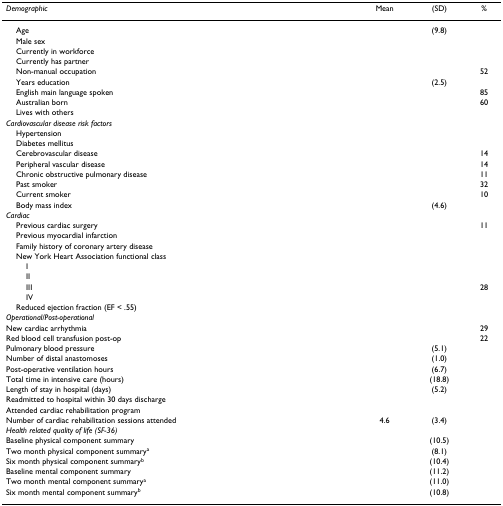
<table><thead><tr><td><b><i>Demographic</i></b></td><td><b>Mean</b></td><td><b>(SD)</b></td><td><b>%</b></td></tr></thead><tbody><tr><td> Age</td><td>[EMPTY_CELL]</td><td>(9.8)</td><td>[EMPTY_CELL]</td></tr><tr><td> Male sex</td><td>[EMPTY_CELL]</td><td>[EMPTY_CELL]</td><td>[EMPTY_CELL]</td></tr><tr><td> Currently in workforce</td><td>[EMPTY_CELL]</td><td>[EMPTY_CELL]</td><td>[EMPTY_CELL]</td></tr><tr><td> Currently has partner</td><td>[EMPTY_CELL]</td><td>[EMPTY_CELL]</td><td>[EMPTY_CELL]</td></tr><tr><td> Non-manual occupation</td><td>[EMPTY_CELL]</td><td>[EMPTY_CELL]</td><td>52</td></tr><tr><td> Years education</td><td>[EMPTY_CELL]</td><td>(2.5)</td><td>[EMPTY_CELL]</td></tr><tr><td> English main language spoken</td><td>[EMPTY_CELL]</td><td>[EMPTY_CELL]</td><td>85</td></tr><tr><td> Australian born</td><td>[EMPTY_CELL]</td><td>[EMPTY_CELL]</td><td>60</td></tr><tr><td> Lives with others</td><td>[EMPTY_CELL]</td><td>[EMPTY_CELL]</td><td>[EMPTY_CELL]</td></tr><tr><td><i>Cardiovascular disease risk factors</i></td><td>[EMPTY_CELL]</td><td>[EMPTY_CELL]</td><td>[EMPTY_CELL]</td></tr><tr><td> Hypertension</td><td>[EMPTY_CELL]</td><td>[EMPTY_CELL]</td><td>[EMPTY_CELL]</td></tr><tr><td> Diabetes mellitus</td><td>[EMPTY_CELL]</td><td>[EMPTY_CELL]</td><td>[EMPTY_CELL]</td></tr><tr><td> Cerebrovascular disease</td><td>[EMPTY_CELL]</td><td>[EMPTY_CELL]</td><td>14</td></tr><tr><td> Peripheral vascular disease</td><td>[EMPTY_CELL]</td><td>[EMPTY_CELL]</td><td>14</td></tr><tr><td> Chronic obstructive pulmonary disease</td><td>[EMPTY_CELL]</td><td>[EMPTY_CELL]</td><td>11</td></tr><tr><td> Past smoker</td><td>[EMPTY_CELL]</td><td>[EMPTY_CELL]</td><td>32</td></tr><tr><td> Current smoker</td><td>[EMPTY_CELL]</td><td>[EMPTY_CELL]</td><td>10</td></tr><tr><td> Body mass index</td><td>[EMPTY_CELL]</td><td>(4.6)</td><td>[EMPTY_CELL]</td></tr><tr><td><i>Cardiac</i></td><td>[EMPTY_CELL]</td><td>[EMPTY_CELL]</td><td>[EMPTY_CELL]</td></tr><tr><td> Previous cardiac surgery</td><td>[EMPTY_CELL]</td><td>[EMPTY_CELL]</td><td>11</td></tr><tr><td> Previous myocardial infarction</td><td>[EMPTY_CELL]</td><td>[EMPTY_CELL]</td><td>[EMPTY_CELL]</td></tr><tr><td> Family history of coronary artery disease</td><td>[EMPTY_CELL]</td><td>[EMPTY_CELL]</td><td>[EMPTY_CELL]</td></tr><tr><td> New York Heart Association functional class</td><td>[EMPTY_CELL]</td><td>[EMPTY_CELL]</td><td>[EMPTY_CELL]</td></tr><tr><td>I</td><td>[EMPTY_CELL]</td><td>[EMPTY_CELL]</td><td>[EMPTY_CELL]</td></tr><tr><td>II</td><td>[EMPTY_CELL]</td><td>[EMPTY_CELL]</td><td>[EMPTY_CELL]</td></tr><tr><td>III</td><td>[EMPTY_CELL]</td><td>[EMPTY_CELL]</td><td>28</td></tr><tr><td>IV</td><td>[EMPTY_CELL]</td><td>[EMPTY_CELL]</td><td>[EMPTY_CELL]</td></tr><tr><td> Reduced ejection fraction (EF &lt; .55)</td><td>[EMPTY_CELL]</td><td>[EMPTY_CELL]</td><td>[EMPTY_CELL]</td></tr><tr><td><i>Operational/Post-operational</i></td><td>[EMPTY_CELL]</td><td>[EMPTY_CELL]</td><td>[EMPTY_CELL]</td></tr><tr><td>New cardiac arrhythmia</td><td>[EMPTY_CELL]</td><td>[EMPTY_CELL]</td><td>29</td></tr><tr><td>Red blood cell transfusion post-op</td><td>[EMPTY_CELL]</td><td>[EMPTY_CELL]</td><td>22</td></tr><tr><td>Pulmonary blood pressure</td><td>[EMPTY_CELL]</td><td>(5.1)</td><td>[EMPTY_CELL]</td></tr><tr><td>Number of distal anastomoses</td><td>[EMPTY_CELL]</td><td>(1.0)</td><td>[EMPTY_CELL]</td></tr><tr><td>Post-operative ventilation hours</td><td>[EMPTY_CELL]</td><td>(6.7)</td><td>[EMPTY_CELL]</td></tr><tr><td>Total time in intensive care (hours)</td><td>[EMPTY_CELL]</td><td>(18.8)</td><td>[EMPTY_CELL]</td></tr><tr><td>Length of stay in hospital (days)</td><td>[EMPTY_CELL]</td><td>(5.2)</td><td>[EMPTY_CELL]</td></tr><tr><td>Readmitted to hospital within 30 days discharge</td><td>[EMPTY_CELL]</td><td>[EMPTY_CELL]</td><td>[EMPTY_CELL]</td></tr><tr><td>Attended cardiac rehabilitation program</td><td>[EMPTY_CELL]</td><td>[EMPTY_CELL]</td><td>[EMPTY_CELL]</td></tr><tr><td>Number of cardiac rehabilitation sessions attended</td><td>4.6</td><td>(3.4)</td><td>[EMPTY_CELL]</td></tr><tr><td><i>Health related quality of life (SF-36)</i></td><td>[EMPTY_CELL]</td><td>[EMPTY_CELL]</td><td>[EMPTY_CELL]</td></tr><tr><td>Baseline physical component summary</td><td>[EMPTY_CELL]</td><td>(10.5)</td><td>[EMPTY_CELL]</td></tr><tr><td>Two month physical component summary<sup>a</sup></td><td>[EMPTY_CELL]</td><td>(8.1)</td><td>[EMPTY_CELL]</td></tr><tr><td>Six month physical component summary<sup>b</sup></td><td>[EMPTY_CELL]</td><td>(10.4)</td><td>[EMPTY_CELL]</td></tr><tr><td>Baseline mental component summary</td><td>[EMPTY_CELL]</td><td>(11.2)</td><td>[EMPTY_CELL]</td></tr><tr><td>Two month mental component summary<sup>a</sup></td><td>[EMPTY_CELL]</td><td>(11.0)</td><td>[EMPTY_CELL]</td></tr><tr><td>Six month mental component summary<sup>b</sup></td><td>[EMPTY_CELL]</td><td>(10.8)</td><td>[EMPTY_CELL]</td></tr></tbody></table>